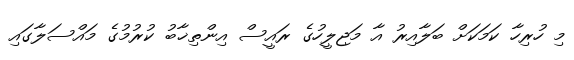
މި ހުރިހާ ކަމަކަށް ބަލާއިރު އާ މަޖިލީހުގެ ރައީސް އިންތިޚާބު ކުރުމުގެ މައްސަލާގައި